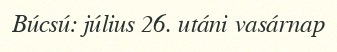
Búcsú: július 26. utáni vasárnap